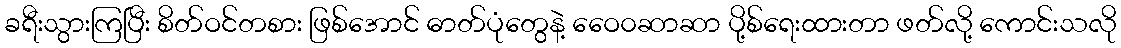
ခရီးသွားကြပြီး စိတ်ဝင်တစား ဖြစ်အောင် ဓာတ်ပုံတွေနဲ့ ဝေေ၀ဆာဆာ ပို့စ်ရေးထားတာ ဖတ်လို့ ကောင်းသလို